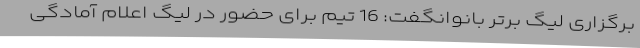
برگزاری لیگ برتر بانوانگفت: 16 تیم برای حضور در لیگ اعلام آمادگی